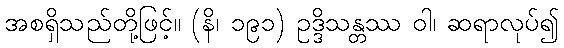
အစရှိသည်တို့ဖြင့်။ (နိ၊ ၁၉၁) ဥဒ္ဒိသန္တဿ ဝါ၊ ဆရာလုပ်၍